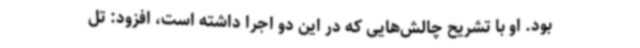
بود. او با تشریح چالش‌هایی که در این دو اجرا داشته است، افزود: تل